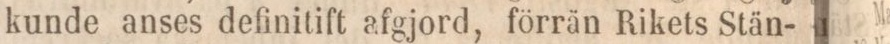
kunde anses definitift afgjord, förrän Rikets Stän-